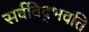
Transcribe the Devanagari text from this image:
सर्वविद्‍भवति